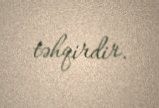
təhqirdir.